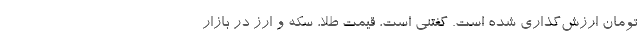
تومان ارزش‌گذاری شده است. گفتنی است، قیمت طلا، سکه و ارز در بازار